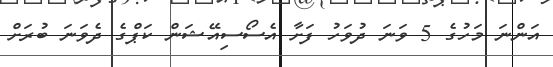
އަންނަ މަހުގެ 5 ވަނަ ދުވަހު ފަށާ އެސޯސިއޭޝަން ކަޕްގެ ދެވަނަ ބުރަށް